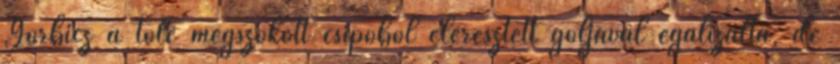
Görbicz a tőle megszokott csípőből eleresztett góljával egalizálta, de